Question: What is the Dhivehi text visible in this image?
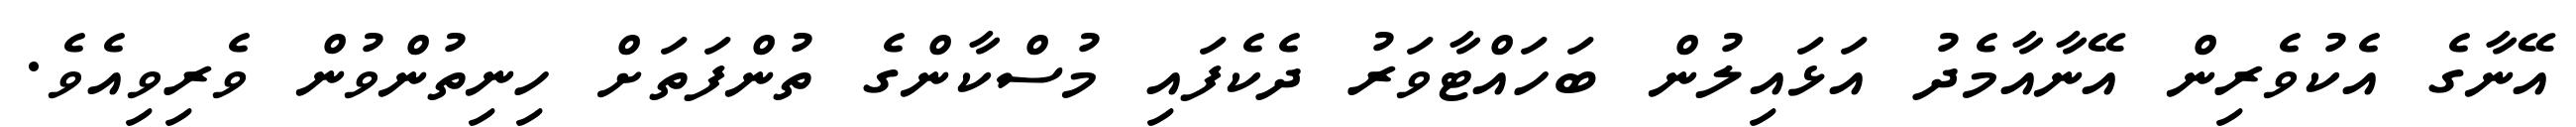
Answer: އޭނާގެ އެކުވެރިން އޭނާއާމެދު އަޅައިލުން ބަހައްޓާވަރު ދެކެފައި މުސްކާންގެ ތުންފަތަށް ހިނިތުންވުން ވެރިވިއެވެ.